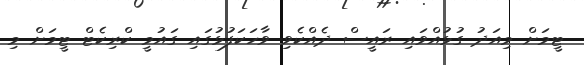
ޓީމަށް މިއަދު ގުޅުއްވައި ރައީސް ދެއްކެވި ވާހަކަފުޅުގައި ގައުމީ ކްރިކެޓް ޓީމަށް މި